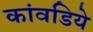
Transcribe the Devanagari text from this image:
कांवडिये